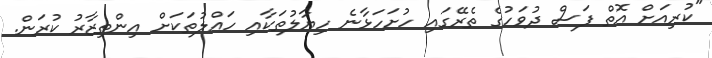
"ކުރިއަށް އޮތް ފަސް ދުވަހުގެ ތެރޭގައި ހުށަހަޅާނެ ހިޔާލުތަކާއި ހައްލުތަކަށް އިންތިޒާރު ކުރަން.